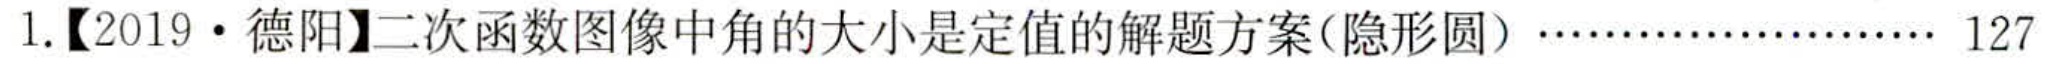
1.【2019·德阳】二次函数图像中角的大小是定值的解题方案(隐形圆)…………………… 127